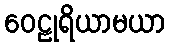
ဝေဠုရိယာမယာ